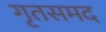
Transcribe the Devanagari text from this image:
गृतसमद